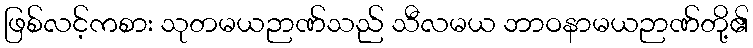
ဖြစ်လင့်ကစား သုတမယဉာဏ်သည် သီလမယ ဘာဝနာမယဉာဏ်တို့၏